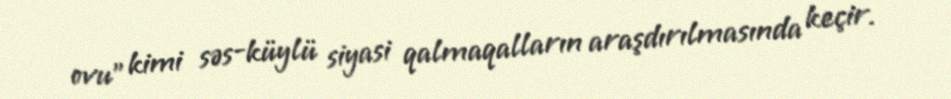
ovu” kimi səs-küylü siyasi qalmaqalların araşdırılmasında keçir.